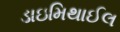
ડાઇમિથાઈલ